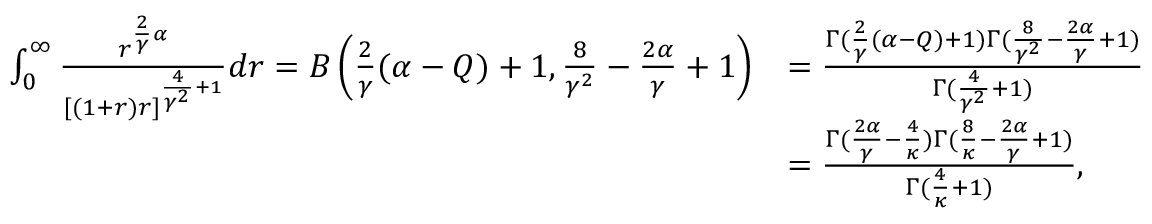
\begin{array} { r l } { \int _ { 0 } ^ { \infty } \frac { r ^ { \frac { 2 } { \gamma } \alpha } } { [ ( 1 + r ) r ] ^ { \frac { 4 } { \gamma ^ { 2 } } + 1 } } d r = B \left( \frac { 2 } { \gamma } ( \alpha - Q ) + 1 , \frac { 8 } { \gamma ^ { 2 } } - \frac { 2 \alpha } { \gamma } + 1 \right) } & { = \frac { \Gamma ( \frac { 2 } { \gamma } ( \alpha - Q ) + 1 ) \Gamma ( \frac { 8 } { \gamma ^ { 2 } } - \frac { 2 \alpha } { \gamma } + 1 ) } { \Gamma ( \frac { 4 } { \gamma ^ { 2 } } + 1 ) } } \\ & { = \frac { \Gamma ( \frac { 2 \alpha } { \gamma } - \frac { 4 } { \kappa } ) \Gamma ( \frac { 8 } { \kappa } - \frac { 2 \alpha } { \gamma } + 1 ) } { \Gamma ( \frac { 4 } { \kappa } + 1 ) } , } \end{array}